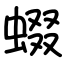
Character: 蝃